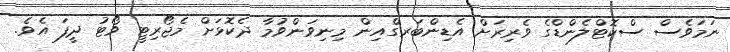
ނަމަވެސް ސްކޮޓްލެންޑްގެ ވެރިރަށް އެޑިންބަރގްއިން މިނިވަންވުމާ ދެކޮޅަށް މެޖޯރިޓީ ވޯޓު ދީފަ އެވެ.